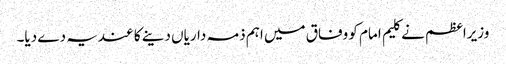
وزیراعظم نے کلیم امام کو وفاق میں اہم ذمہ داریاں دینے کا عندیہ دے دیا۔